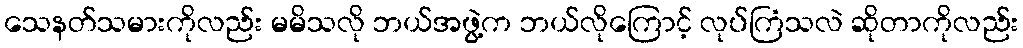
သေနတ်သမားကိုလည်း မမိသလို ဘယ်အဖွဲ့က ဘယ်လိုကြောင့် လုပ်ကြံသလဲ ဆိုတာကိုလည်း